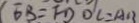
E B = F D O C = A B